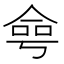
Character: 𠋒